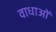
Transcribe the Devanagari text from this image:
वाधाओं